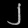
Digit: ၂